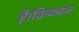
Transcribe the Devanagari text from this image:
है।क्रिकबज़